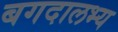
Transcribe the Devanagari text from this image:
बगदालभ्य